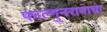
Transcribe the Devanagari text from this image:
फाल्गुनरावाचा